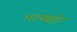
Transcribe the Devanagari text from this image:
भाषांद्वारे